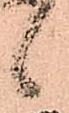
候